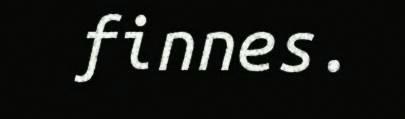
finnes.